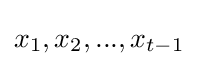
x_{1},x_{2},...,x_{t-1}